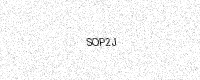
Text: SOP2J